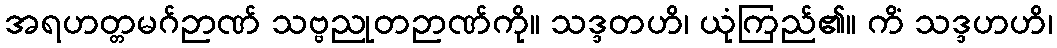
အရဟတ္တမဂ်ဉာဏ် သဗ္ဗညုတဉာဏ်ကို။ သဒ္ဒတဟိ၊ ယုံကြည်၏။ ကိံ သဒ္ဒဟဟိ၊